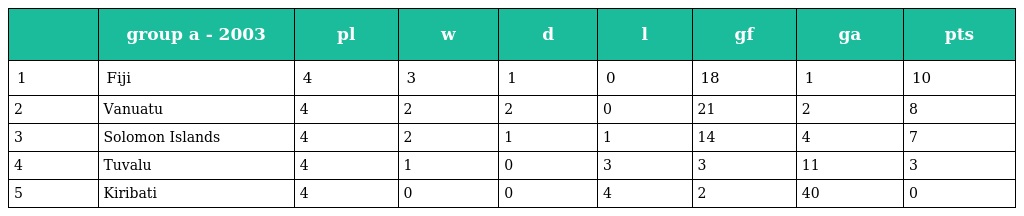
|  | group a - 2003 | pl | w | d | l | gf | ga | pts |
 | --- | --- | --- | --- | --- | --- | --- | --- | --- |
 | 1 | Fiji | 4 | 3 | 1 | 0 | 18 | 1 | 10 |
 | 2 | Vanuatu | 4 | 2 | 2 | 0 | 21 | 2 | 8 |
 | 3 | Solomon Islands | 4 | 2 | 1 | 1 | 14 | 4 | 7 |
 | 4 | Tuvalu | 4 | 1 | 0 | 3 | 3 | 11 | 3 |
 | 5 | Kiribati | 4 | 0 | 0 | 4 | 2 | 40 | 0 |